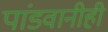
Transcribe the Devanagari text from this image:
पांडवानीही